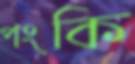
পংকি